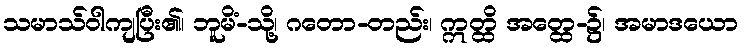
သမာသ်ဝါကျပြီး၏၊ ဘူမိံ-သို့၊ ဂတော-တည်း၊ ဣတ္ထိ အတ္ထေ-၌၊ အမာဒယော